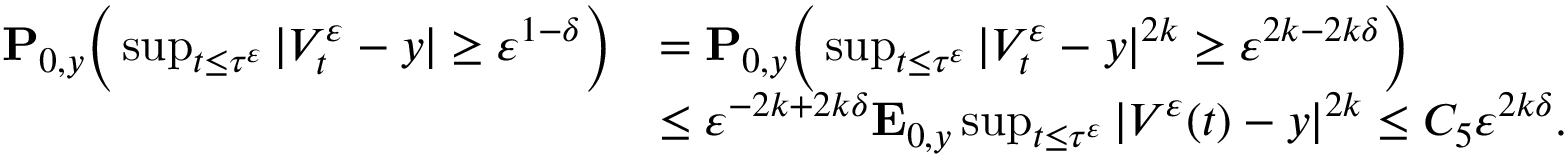
\begin{array} { r l } { \mathbf { P } _ { 0 , y } \Big ( \operatorname* { s u p } _ { t \leq \tau ^ { \varepsilon } } | V _ { t } ^ { \varepsilon } - y | \geq \varepsilon ^ { 1 - \delta } \Big ) } & { = \mathbf { P } _ { 0 , y } \Big ( \operatorname* { s u p } _ { t \leq \tau ^ { \varepsilon } } | V _ { t } ^ { \varepsilon } - y | ^ { 2 k } \geq \varepsilon ^ { 2 k - 2 k \delta } \Big ) } \\ & { \leq \varepsilon ^ { - 2 k + 2 k \delta } \mathbf { E } _ { 0 , y } \operatorname* { s u p } _ { t \leq \tau ^ { \varepsilon } } | V ^ { \varepsilon } ( t ) - y | ^ { 2 k } \leq C _ { 5 } \varepsilon ^ { 2 k \delta } . } \end{array}